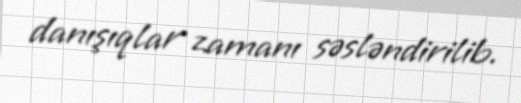
danışıqlar zamanı səsləndirilib.